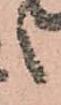
之